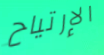
الإرتياح